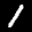
Label: 1